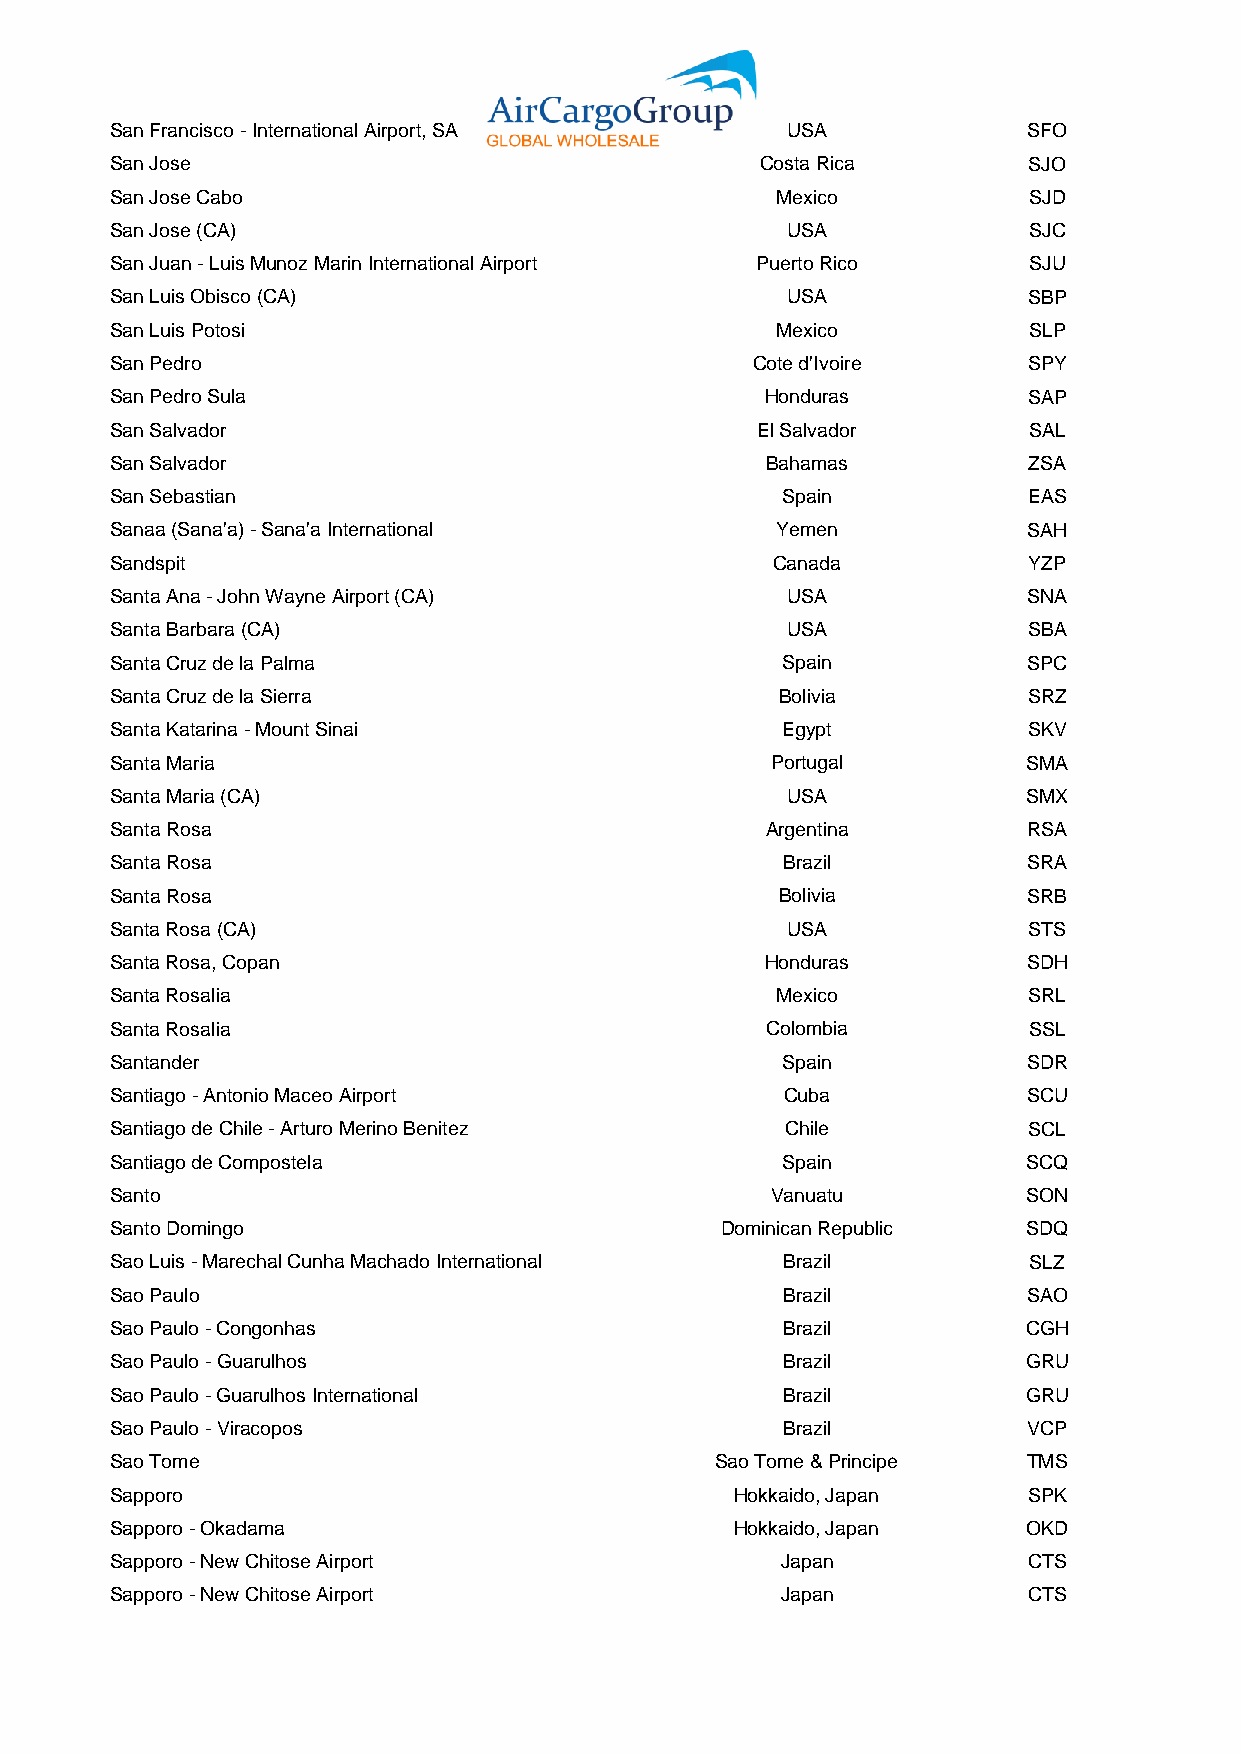
San Francisco - International Airport, SA    USA             SFO
 San Jose                                   Costa Rica        SJO
 San Jose Cabo                               Mexico           SJD
 San Jose (CA)                                USA             SJC
 San Juan - Luis Munoz Marin International Airport Puerto Rico SJU
 San Luis Obisco (CA)                         USA             SBP
 San Luis Potosi                             Mexico           SLP
 San Pedro                                  Cote d'Ivoire     SPY
 San Pedro Sula                              Honduras         SAP
 San Salvador                               El Salvador       SAL
 San Salvador                                Bahamas          ZSA
 San Sebastian                                Spain           EAS
 Sanaa (Sana'a) - Sana'a International       Yemen            SAH
 Sandspit                                    Canada           YZP
 Santa Ana - John Wayne Airport (CA)          USA             SNA
 Santa Barbara (CA)                           USA             SBA
 Santa Cruz de la Palma                       Spain           SPC
 Santa Cruz de la Sierra                      Bolivia         SRZ
 Santa Katarina - Mount Sinai                 Egypt           SKV
 Santa Maria                                 Portugal         SMA
 Santa Maria (CA)                             USA             SMX
 Santa Rosa                                  Argentina        RSA
 Santa Rosa                                   Brazil          SRA
 Santa Rosa                                   Bolivia         SRB
 Santa Rosa (CA)                              USA             STS
 Santa Rosa, Copan                           Honduras         SDH
 Santa Rosalia                               Mexico           SRL
 Santa Rosalia                               Colombia         SSL
 Santander                                    Spain           SDR
 Santiago - Antonio Maceo Airport             Cuba            SCU
 Santiago de Chile - Arturo Merino Benitez    Chile           SCL
 Santiago de Compostela                       Spain           SCQ
 Santo                                       Vanuatu          SON
 Santo Domingo                            Dominican Republic  SDQ
 Sao Luis - Marechal Cunha Machado International Brazil       SLZ
 Sao Paulo                                    Brazil          SAO
 Sao Paulo - Congonhas                        Brazil          CGH
 Sao Paulo - Guarulhos                        Brazil          GRU
 Sao Paulo - Guarulhos International          Brazil          GRU
 Sao Paulo - Viracopos                        Brazil          VCP
 Sao Tome                                Sao Tome & Principe  TMS
 Sapporo                                   Hokkaido, Japan    SPK
 Sapporo - Okadama                         Hokkaido, Japan    OKD
 Sapporo - New Chitose Airport                Japan           CTS
 Sapporo - New Chitose Airport                Japan           CTS